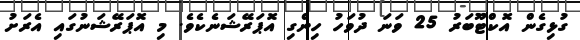
ގުޅިގެން އޮކްޓޫބަރު 25 ވަނަ ދުވަހު ހިންގި އޮޕަރޭޝަނެކެވެ. މި އޮޕަރޭޝަނުގައި އެރަށު